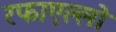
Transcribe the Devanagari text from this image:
रफाएल्लो